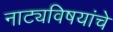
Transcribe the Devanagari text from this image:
नाट्यविषयांचे